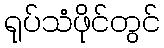
ရုပ်သံဖိုင်တွင်